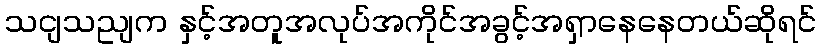
သငျသညျက နှင့်အတူအလုပ်အကိုင်အခွင့်အရှာနေနေတယ်ဆိုရင်